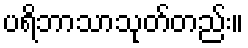
ပရိဘာသာသုတ်တည်း။